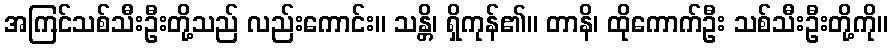
အကြင်သစ်သီးဦးတို့သည် လည်းကောင်း။ သန္တိ၊ ရှိကုန်၏။ တာနိ၊ ထိုကောက်ဦး သစ်သီးဦးတို့ကို။